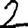
Digit: 2